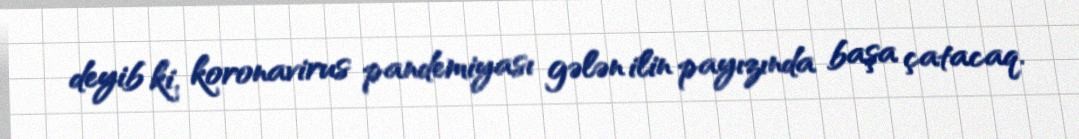
deyib ki, koronavirus pandemiyası gələn ilin payızında başa çatacaq.